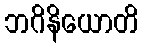
ဘဂိနိယောတိ